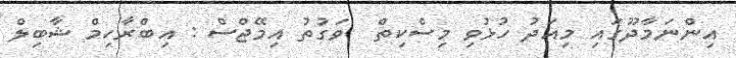
އިންނަމާދޫގައި މިއަދު ހުޅުވި މިސްކިތް  ވަގުތު އިމޭޖްސް : އިބްރާހިމް ޝާބިލް